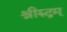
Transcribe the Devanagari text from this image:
श्रीरुद्रम्